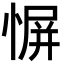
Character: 𫺬